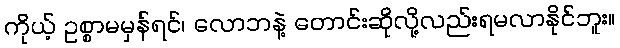
ကိုယ့် ဥစ္စာမမှန်ရင်၊ လောဘနဲ့ တောင်းဆိုလို့လည်းရမလာနိုင်ဘူး။